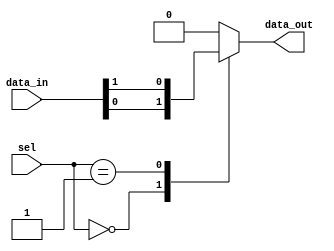
module mux_128to1 (
    input [127:0] data_in,
    input [6:0] sel,
    output reg data_out
);

always @(*) begin
    case(sel)
        7'b0000000: data_out = data_in[0];
        7'b0000001: data_out = data_in[1];
        // Continue with cases for data_in[2] to data_in[127]
        // ...
        default: data_out = 0; // Default output if none of the cases match
    endcase
end

endmodule